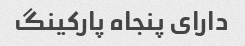
دارای پنجاه پارکینگ